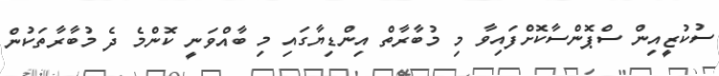
ސުކުޒީއިން ސްޕޮންސާކޮށްފައިވާ މި މުބާރާތް އިންޑިޔާގައި މި ބާއްވަނީ ކޮންމެ ދެ މުބާރާތަކުން